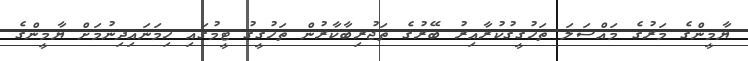
ޔާމީންގެ މަރުގެ މައްސަލަ ތަހުގީގުކުރާއިރު ބޭރުގެ ތަޖުރިބާކާރުން ތަހުގީގު ޓީމުގައި ހިމަނައިދިނުމަށް ޔާމީންގެ